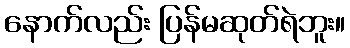
နောက်လည်း ပြန်မဆုတ်ရဲဘူး။